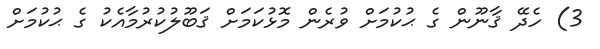
3) ހެދޭ ޤާނޫން ގެ ޙުކުމަށް ވުރެން މޮޅުކަމަށް ޤަބޫލުކުރުމާއެކު ގެ ޙުކުމަށް